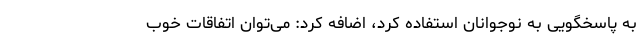
به پاسخگویی به نوجوانان استفاده کرد، اضافه کرد: می‌توان اتفاقات خوب